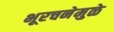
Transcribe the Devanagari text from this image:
भूरचनेमुळे